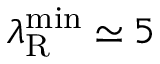
\lambda _ { \mathrm { R } } ^ { \operatorname* { m i n } } \simeq 5